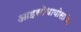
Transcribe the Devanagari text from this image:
आइसोथायोसानेट